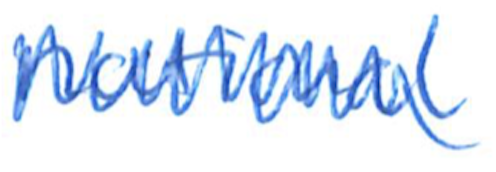
Text: national
Cross-out: zig-zag
Writing tool: ballpoint